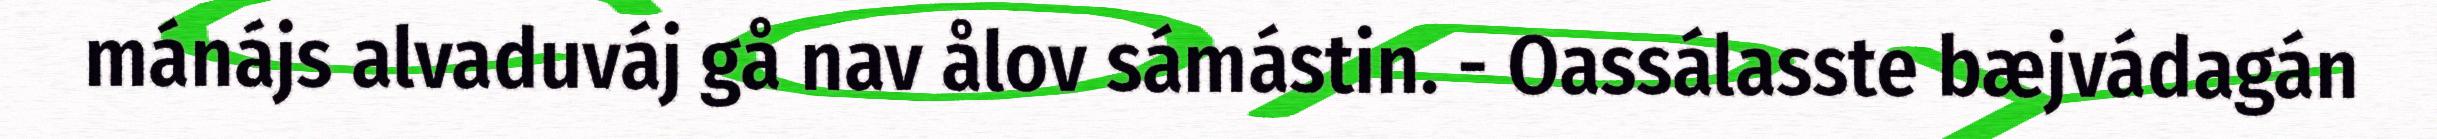
mánájs alvaduváj gå nav ålov sámástin. - Oassálasste bæjvádagán